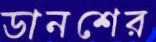
ডানশের